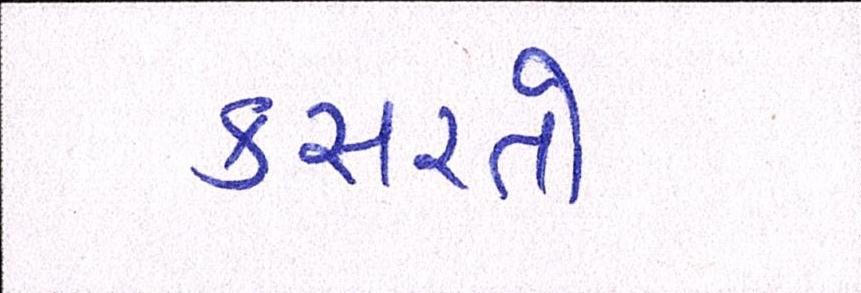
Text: કસરતો